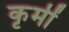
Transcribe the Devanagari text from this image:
कृमीं